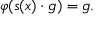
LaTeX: \varphi ( s ( x ) \cdot g ) = g .